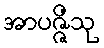
အာပဇ္ဇိံသု